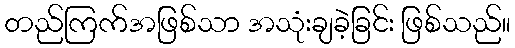
တည်ကြက်အဖြစ်သာ အသုံးချခဲ့ခြင်း ဖြစ်သည်။